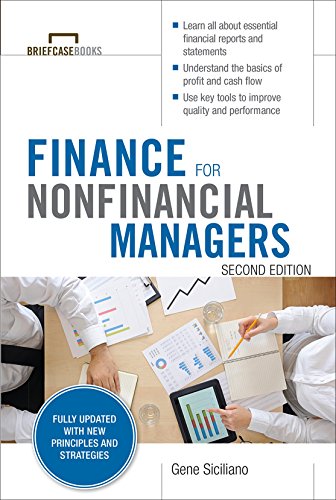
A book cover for Finance for Nonfinancial Managers, Second Edition (Briefcase Books Series); Gene Siciliano; Business & Money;